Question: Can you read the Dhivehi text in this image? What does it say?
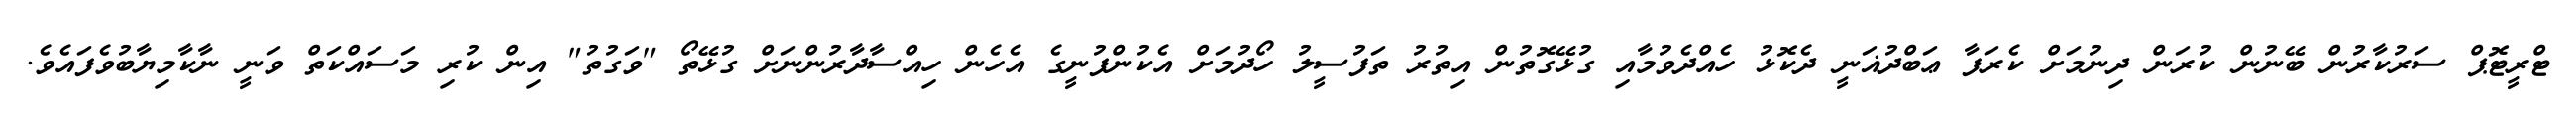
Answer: ޓްރީޓޮޕް ސަރުކާރުން ބޭނުން ކުރަން ދިނުމަށް ކެރަފާ ޢަބްދުޣަނީ ދެކޮޅު ހެއްދެވުމާއި ގުޅޭގޮތުން އިތުރު ތަފުސީލު ހޯދުމަށް އެކުންފުނީގެ އެހެން ހިއްސާދާރުންނަށް ގުޅޭތޯ "ވަގުތު" އިން ކުރި މަސައްކަތް ވަނީ ނާކާމިޔާބުވެފައެވެ.